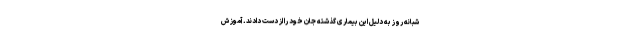
شبانه روز به دلیل این بیماری گذشته جان خود را از دست دادند. آموزش